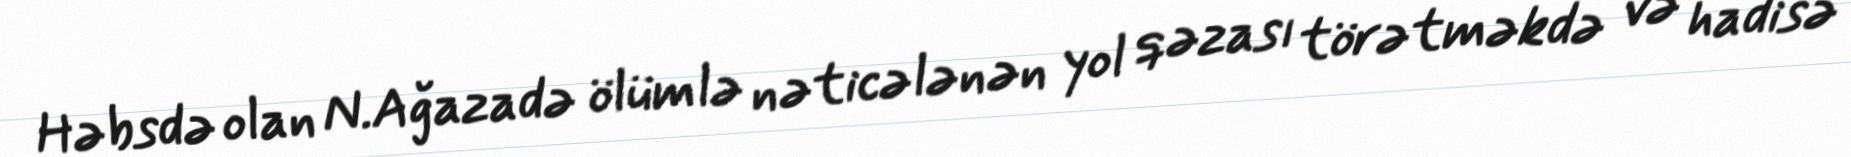
Həbsdə olan N.Ağazadə ölümlə nəticələnən yol qəzası törətməkdə və hadisə